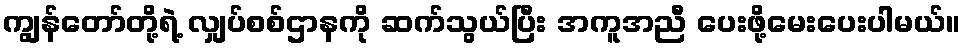
ကျွန်တော်တို့ရဲ့ လျှပ်စစ်ဌာနကို ဆက်သွယ်ပြီး အကူအညီ ပေးဖို့မေးပေးပါမယ်။